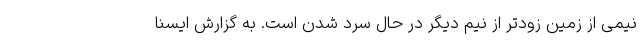
نیمی از زمین زودتر از نیم دیگر در حال سرد شدن است. به گزارش ایسنا